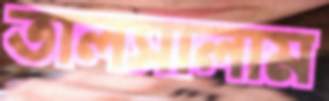
তালসালাম